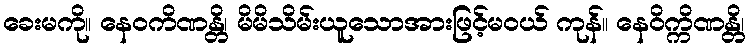
ခေးမကို။ နေဝကိဏန္တိ၊ မိမိသိမ်းယူသောအားဖြင့်မဝယ် ကုန်။ နေဝိက္ကိဏန္တိ၊